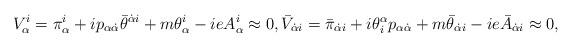
\begin{align*}{\displaystyle V^i_{\alpha}=\pi^i_{\alpha}+ip_{\alpha\dot\alpha}\bar\theta^{\dot\alpha i}+m\theta^i_{\alpha}-ieA^i_{\alpha}\approx0,\bar V_{\dot\alpha i}=\bar\pi_{\dot\alpha i}+i\theta^{\alpha}_ip_{\alpha\dot\alpha}+m\bar\theta_{\dot\alpha i}-ie\bar A_{\dot\alpha i}\approx0,}\end{align*}